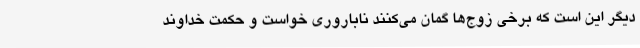
دیگر این است که برخی زوج‌ها گمان می‌کنند ناباروری خواست و حکمت خداوند